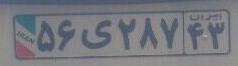
۵۶ی۲۸۷۴۳